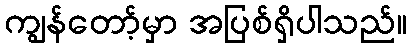
ကျွန်တော့်မှာ အပြစ်ရှိပါသည်။